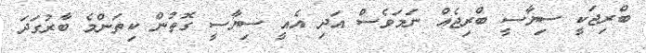
ބްރިޖަކީ ސިޔާސީ ބްރިޖެއް ނަމަވެސް އަދި އެއީ ސިޔާސީ ގޮތުން ކިތަންމެ ބާާރުގަދަ